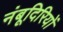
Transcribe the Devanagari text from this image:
नंबूदिरियों